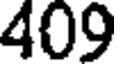
409